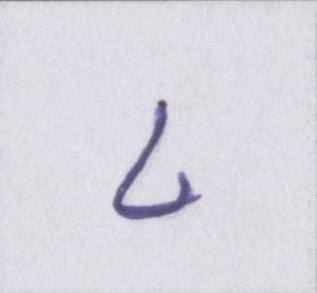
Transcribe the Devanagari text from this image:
८